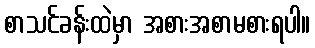
စာသင်ခန်းထဲမှာ အစားအစာမစားရပါ။